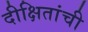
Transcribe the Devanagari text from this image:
दीक्षितांची